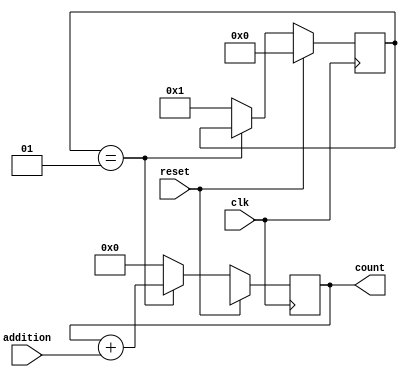
module program_counter(clk, reset, addition, count);

   //Inputs & outputs
   input wire clk, reset;
   input wire [11:0] addition;
   output reg [11:0] count;
   
   //Functional block
   integer set = 0;
   
   always @(posedge clk)
   begin
      if (reset)
      begin
         count <= 12'bx;
         set <= 0;
      end
      else if (set==1)
         count <= count + addition;
      else
      begin
         count <= 12'b000000000000;
         set <= 1;
      end
   end
endmodule